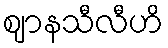
ဈာနသီလီဟိ